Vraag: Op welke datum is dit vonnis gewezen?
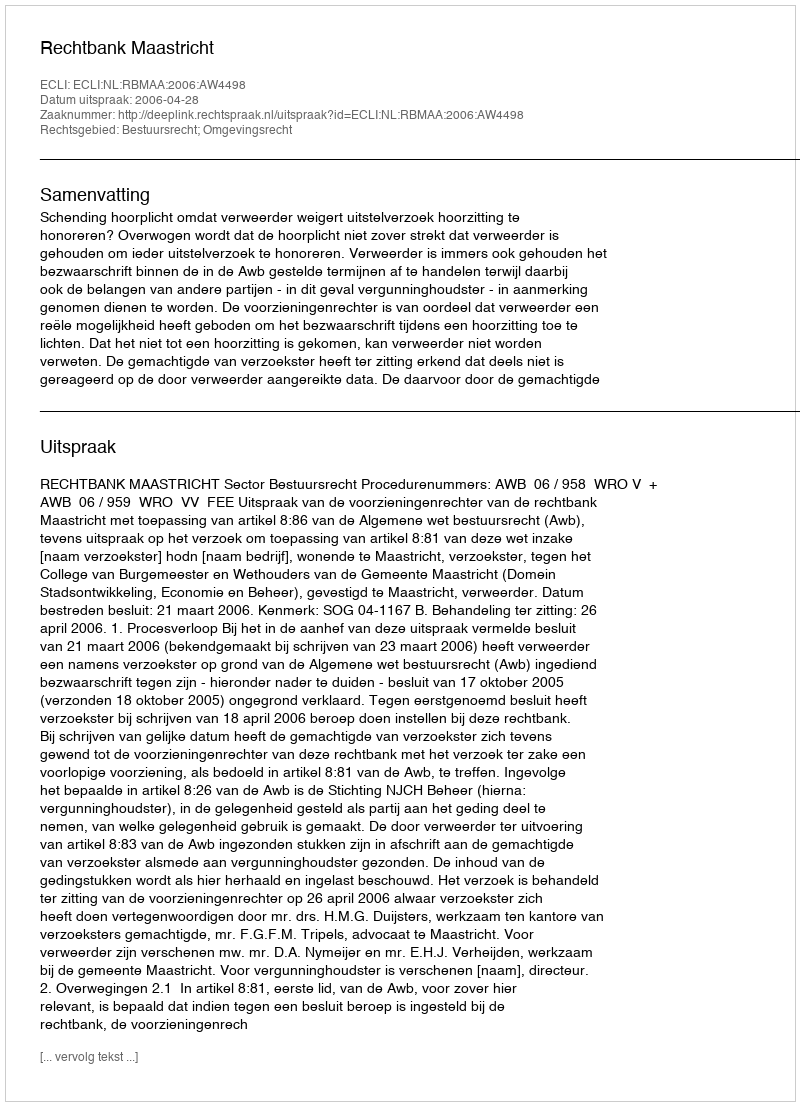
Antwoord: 2006-04-28